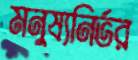
মনুষ্যনির্ভর